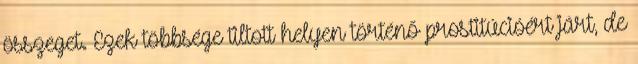
összeget. Ezek többsége tiltott helyen történő prostitúcióért járt, de